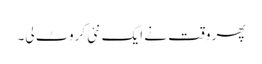
پھر وقت نے ایک نئی کروٹ لی۔